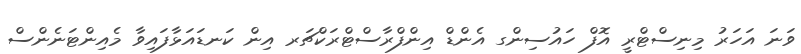
ވަނަ އަހަރު މިނިސްޓްރީ އޮފް ހައުސިންގ އެންޑް އިންފްރާސްޓްރަކްޗަރ އިން ކަނޑައަޅާފައިވާ މެއިންޓަނެންސް